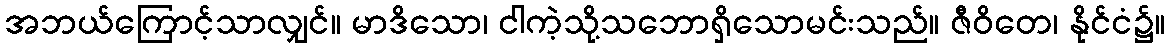
အဘယ်ကြောင့်သာလျှင်။ မာဒိသော၊ ငါကဲ့သို့သဘောရှိသောမင်းသည်။ ဇီဝိတေ၊ နိုင်ငံ၌။